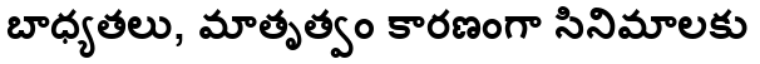
బాధ్యతలు, మాతృత్వం కారణంగా సినిమాలకు